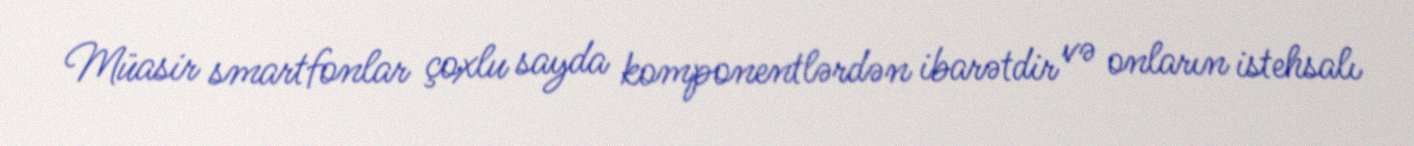
Müasir smartfonlar çoxlu sayda komponentlərdən ibarətdir və onların istehsalı